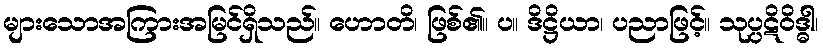
များသောအကြားအမြင်ရှိသည်။ ဟောတိ၊ ဖြစ်၏။ ပ။ ဒိဋ္ဌိယာ၊ ပညာဖြင့်။ သုပ္ပဋိဝိဒ္ဓါ၊